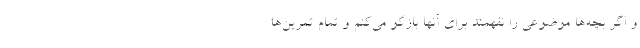
و اگر بچه‌ها موضوعی را نفهمند برای آنها بازگو می‌کنم و تمام تمرین‌ها